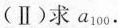
(Ⅱ)求a_{100}.